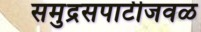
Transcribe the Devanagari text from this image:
समुद्रसपाटीजवळ